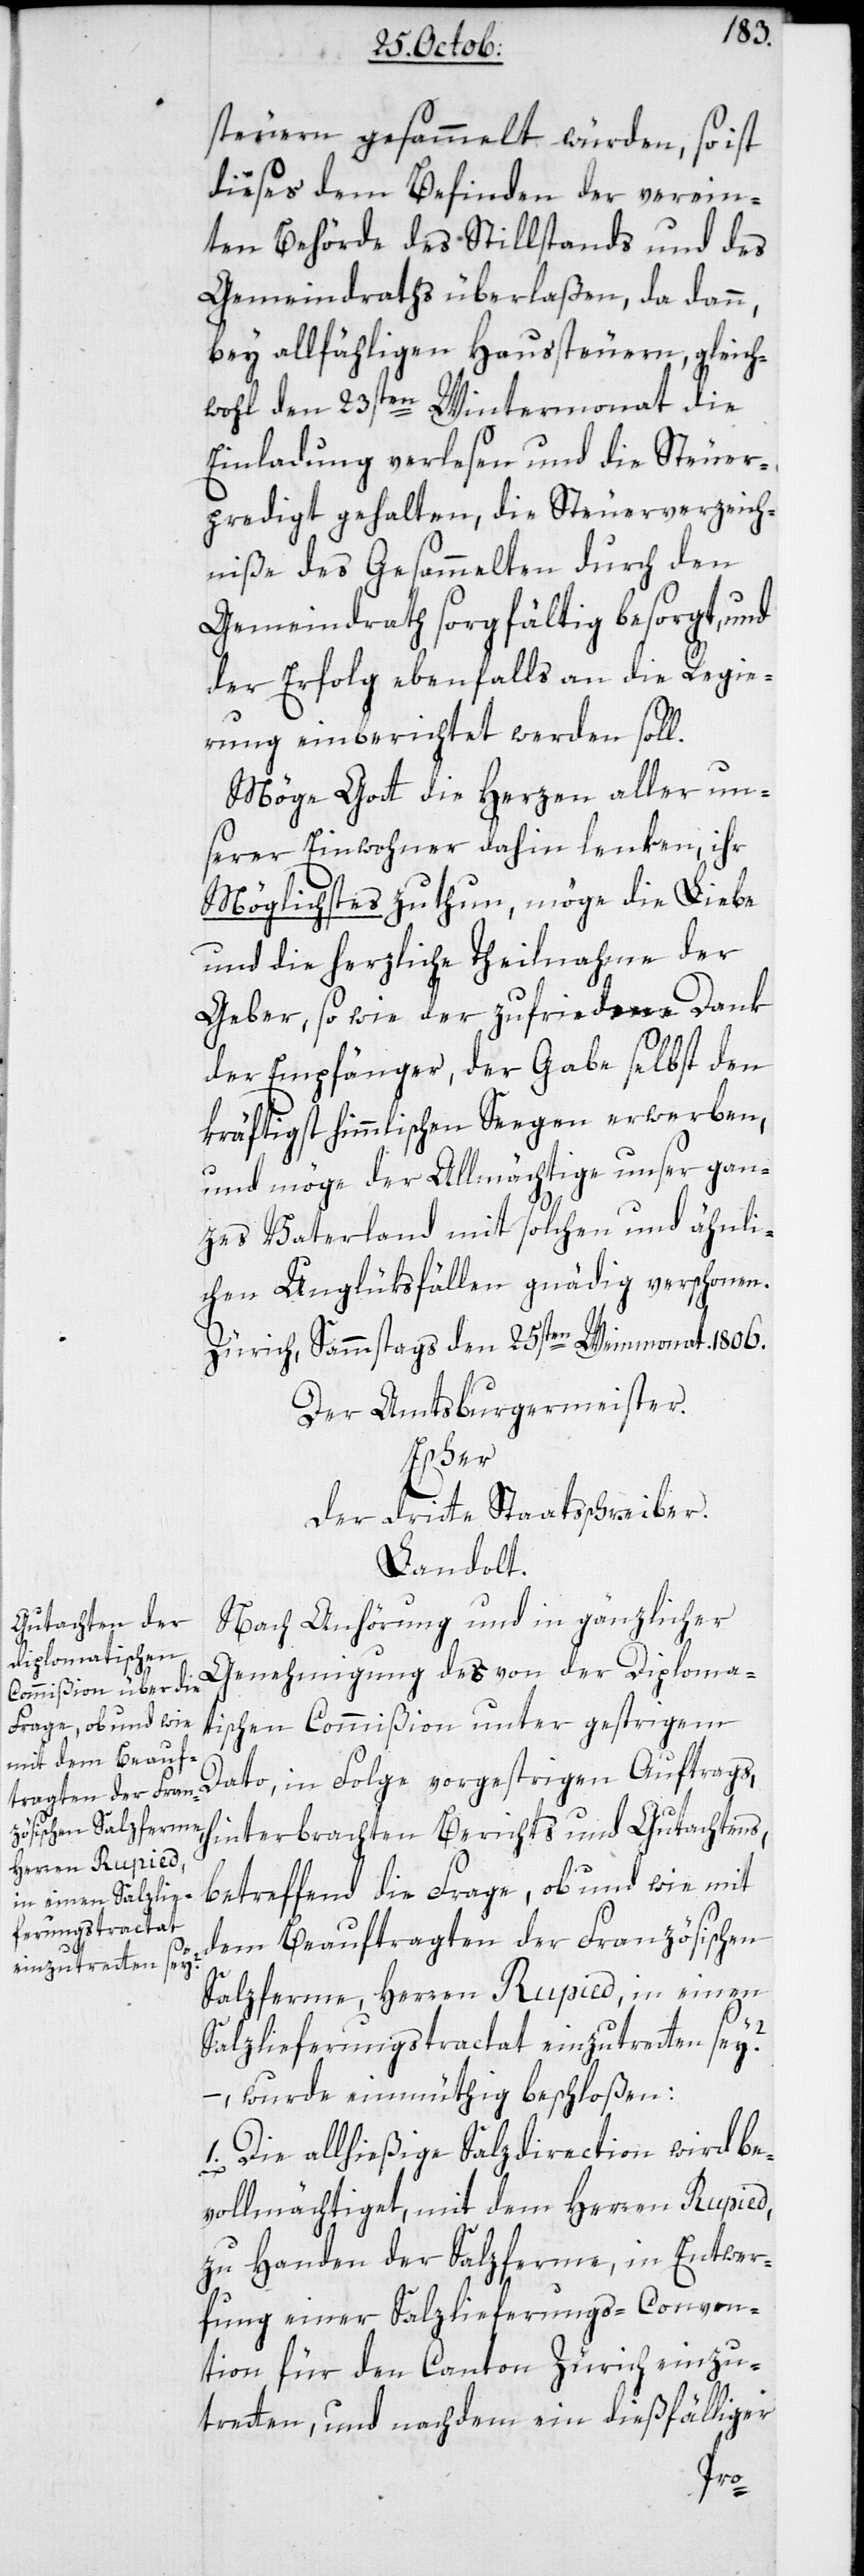
steuern gesammelt würden, so ist
dieses dem Befinden der verein¬
ten Behörde des Stillstands und des
Gemeindraths überlaßen, da dann,
bey allfähligen Haussteuern, gleich¬
wohl den 23sten Wintermonat die
Einladung verlesen und die Steuer¬
predigt gehalten, die Steuerverzeich¬
niße des Gesammelten durch den
Gemeindrath sorgfältig besorgt, und
der Erfolg ebenfalls an die Regie¬
rung einberichtet werden soll.
Möge Gott die Herzen aller un¬
serer Einwohner dahin lenken, ihr
Möglichstes zu thun, möge die Liebe
und die herzliche Theilnahme der
Geber, sowie der zufriedene Dank
der Empfänger, der Gabe selbst den
kräftigst himmlischen Segen erwerben,
und möge der Allmächtige unser gan¬
zes Vaterland mit solchen und ähnli¬
chen Unglüksfällen gnädig verschonen.
Zürich, Sammstags den 25sten Weinmonat. 1806.
Der Amtsburgermeister.
Escher.
Der dritte Staatsschreiber.
Landolt.
Nach Anhörung und in gänzlicher
Genehmigung des von der Diploma¬
tischen Commißion unter gestrigem
Dato, in Folge vorgestrigen Auftrags,
hinterbrachten Berichts und Gutachtens,
betreffend die Frage, ob und wie mit
dem Beauftragten der Französischen
Salzferme, Herren Rupied, in einen
Salzlieferungs-Tractat einzutretten sey?
– wurde einmüthig beschloßen:
1. Die allhießige Salzdirection wird be¬
vollmächtiget, mit dem Herren Rupied,
zu Handen der Salzferme, in Entwer¬
fung einer Salzlieferungs-Conven¬
tion für den Canton Zürich einzu¬
tretten, und nachdem ein dießfälliger